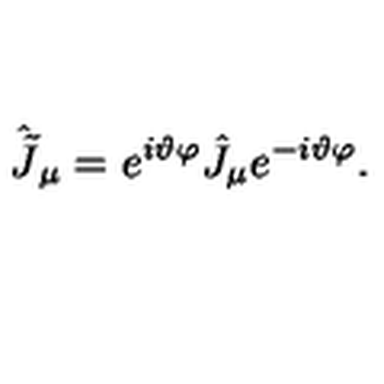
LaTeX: \hat { \tilde { J } } _ { \mu } = e ^ { i \vartheta \varphi } \hat { J } _ { \mu } e ^ { - i \vartheta \varphi } .